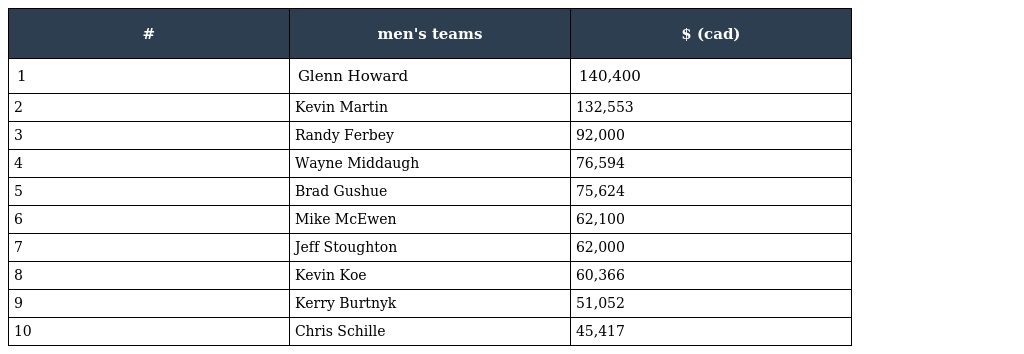
| # | men's teams | $ (cad) |
 | --- | --- | --- |
 | 1 | Glenn Howard | 140,400 |
 | 2 | Kevin Martin | 132,553 |
 | 3 | Randy Ferbey | 92,000 |
 | 4 | Wayne Middaugh | 76,594 |
 | 5 | Brad Gushue | 75,624 |
 | 6 | Mike McEwen | 62,100 |
 | 7 | Jeff Stoughton | 62,000 |
 | 8 | Kevin Koe | 60,366 |
 | 9 | Kerry Burtnyk | 51,052 |
 | 10 | Chris Schille | 45,417 |